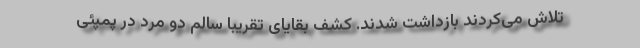
تلاش می‌کردند بازداشت شدند. کشف بقایای تقریبا سالم دو مرد در پمپئی